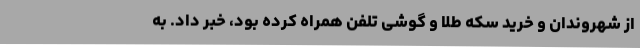
از شهروندان و خرید سکه طلا و گوشی تلفن همراه کرده بود، خبر داد. به